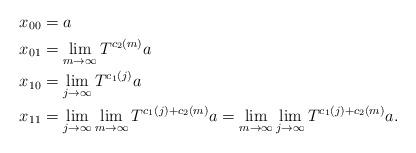
LaTeX: \begin{align*}x_{00}&= a\\x_{01}&= \lim_{m\to\infty}T^{c_2(m)}a\\x_{10}&=\lim_{j\to\infty}T^{c_1(j)}a\\x_{11}&= \lim_{j\to\infty}\lim_{m\to\infty}T^{c_1(j)+c_2(m)}a=\lim_{m\to\infty}\lim_{j\to\infty}T^{c_1(j)+c_2(m)}a.\end{align*}